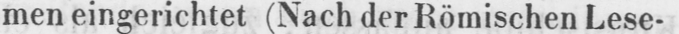
men eingerichtet (Nach der Römischen Lese-